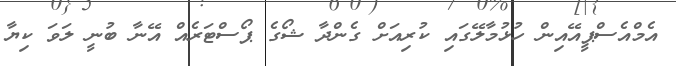
އެމްއެސްޕީއޭއިން ހުޅުމާލޭގައި ކުރިއަށް ގެންދާ ޝޯގެ ޕޯސްޓަރެއް އޭނާ ބުނީ ލަވަ ކިޔާ